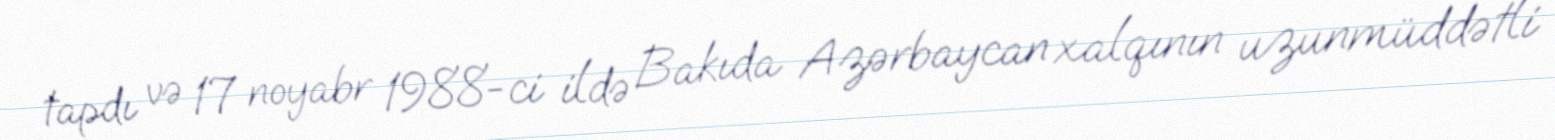
tapdı və 17 noyabr 1988-ci ildə Bakıda Azərbaycan xalqının uzunmüddətli